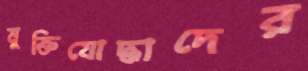
মুক্তিযোদ্ধাদের